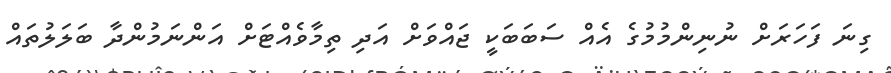
ގިނަ ފަހަރަށް ނުނިންމުމުގެ އެއް ސަބަބަކީ ޖައްވަށް އަދި ތިމާވެއްޓަށް އަންނަމުންދާ ބަލަލުތައް